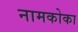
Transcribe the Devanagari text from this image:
नामकोका